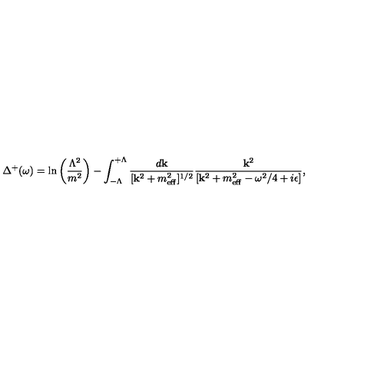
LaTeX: \Delta ^ { + } ( \omega ) = \ln \left( \frac { \Lambda ^ { 2 } } { m ^ { 2 } } \right) - \int _ { - \Lambda } ^ { + \Lambda } \frac { d { \bf k } } { [ { \bf k } ^ { 2 } + m _ { \mathrm { \scriptsize e f f } } ^ { 2 } ] ^ { 1 / 2 } } \frac { { \bf k } ^ { 2 } } { [ { \bf k } ^ { 2 } + m _ { \mathrm { \scriptsize e f f } } ^ { 2 } - \omega ^ { 2 } / 4 + i \epsilon ] } ,